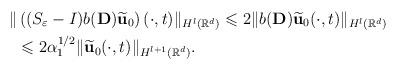
LaTeX: \begin{align*}\| & \left((S_\varepsilon -I) b({\mathbf D}) \widetilde{\mathbf u}_0\right) (\cdot,t) \|_{H^l({\mathbb R}^d)}\leqslant 2 \| b({\mathbf D}) \widetilde{\mathbf u}_0 (\cdot,t) \|_{H^l({\mathbb R}^d)}\\&\leqslant 2 \alpha_1^{1/2} \| \widetilde{\mathbf u}_0 (\cdot,t) \|_{H^{l+1}({\mathbb R}^d)}.\end{align*}